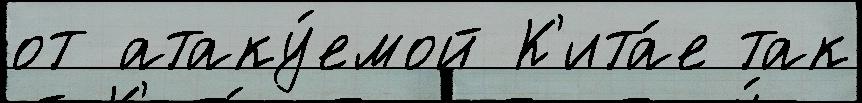
от атаку́емой К'ита́е так